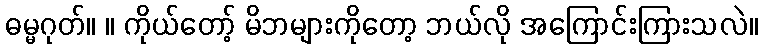
ဓမ္မဂုတ်။ ။ ကိုယ်တော့် မိဘများကိုတော့ ဘယ်လို အကြောင်းကြားသလဲ။